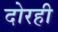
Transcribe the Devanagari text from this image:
दोरही